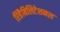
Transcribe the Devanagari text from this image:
रिहैबिलिटेशनल